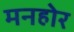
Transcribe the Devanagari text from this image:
मनहोर